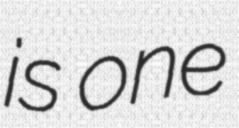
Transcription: is one